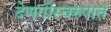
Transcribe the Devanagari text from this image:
देणगीस्वरुपात